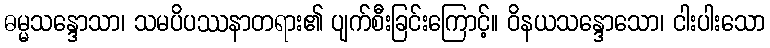
ဓမ္မသန္ဒောသာ၊ သမပိပဿနာတရား၏ ပျက်စီးခြင်းကြောင့်။ ဝိနယသန္ဒောသော၊ ငါးပါးသော